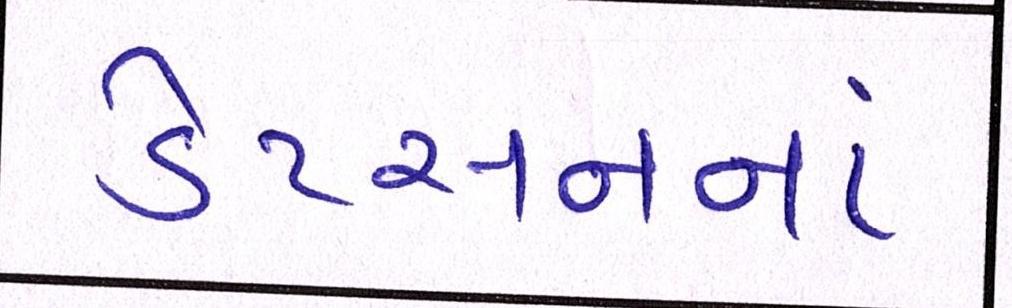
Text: ડેટસનનાં